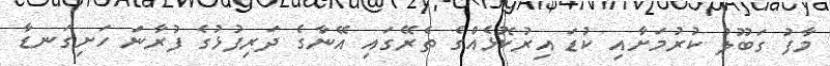
މާފު ގަބޫލު ކުރުމަށާއި ކުޑަ އިރުކޮޅެއްގެ ތެރޭގައި އޭނާގެ ދަރިފުޅުގެ ފުރާނަ ހަށިގަނޑާ